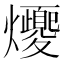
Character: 𪺈